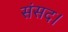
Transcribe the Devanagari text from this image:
संसद।